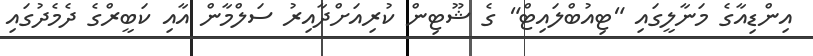
އިންޑިއާގެ މަނާލީގައި "ޓިއުބްލައިޓް" ގެ ޝޫޓިން ކުރިއަށްދާއިރު ސަލްމާން އާއި ކަބީރްގެ ދެމެދުގައި